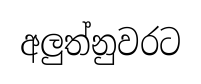
අලුත්නුවරට